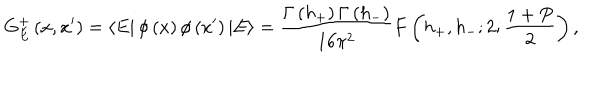
G _ { E } ^ { + } \left( x , x ^ { \prime } \right) = \left\langle E \right| \phi \left( x \right) \phi \left( x ^ { \prime } \right) \left| E \right\rangle = \frac { \Gamma \left( h _ { + } \right) \Gamma \left( h _ { - } \right) } { 1 6 \pi ^ { 2 } } F \left( h _ { + } , h _ { - } ; 2 ; \frac { 1 + P } { 2 } \right) ,